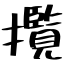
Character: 攬